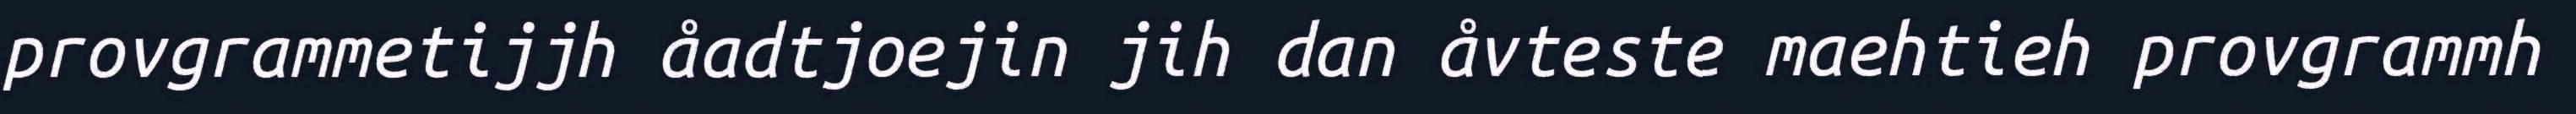
provgrammetijjh åadtjoejin jih dan åvteste maehtieh provgrammh